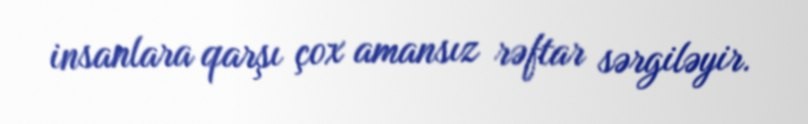
insanlara qarşı çox amansız rəftar sərgiləyir.